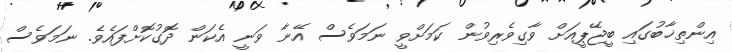
އިންތިޚާބުގައި ބީޖޭޕީއަށް ވާގިވެރިވުން ކަމަށްވީ ނަމަވެސް އޭނާ ވަނީ އެކަން ދޮގުކޮށްފައެވެ. ނަމަވެސް